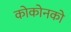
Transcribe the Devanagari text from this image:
कोकोनको